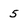
Character: 5